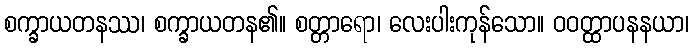
စက္ခာယတနဿ၊ စက္ခာယတန၏။ စတ္တာရော၊ လေးပါးကုန်သော။ ဝဝတ္ထာပနနယာ၊